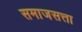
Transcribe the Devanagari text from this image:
समाजसत्ता